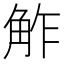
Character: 𧣝